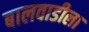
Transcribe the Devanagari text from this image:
बालवाडीला